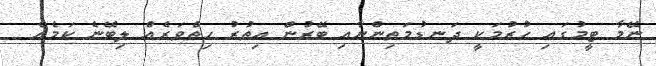
ނޭމާ ޓީމުގައި ހުރުމަކީ ދަނޑުމަތިންނާއި ބޭރުން އިތުރު ހިތްވަރެއް ލިބޭނެ ކަމެއް